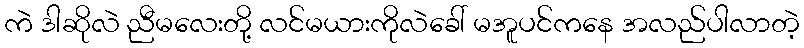
ကဲ ဒါဆိုလဲ ညီမလေးတို့ လင်မယားကိုလဲခေါ် မအူပင်ကနေ အလည်ပါလာတဲ့